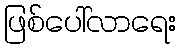
ဖြစ်ပေါ်လာရေး